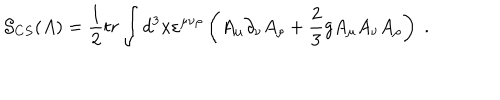
\mathcal { S } _ { C S } ( A ) = \frac 1 2 t r \int d ^ { 3 } x \varepsilon ^ { \mu \nu \rho } \left( A _ { \mu } \partial _ { \nu } A _ { \rho } + \frac 2 3 g A _ { \mu } A _ { \nu } A _ { \rho } \right) \; .